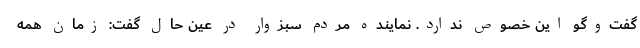
گفت‌وگو این خصوص ندارد. نماینده مردم سبزوار در عین حال گفت: زمان همه